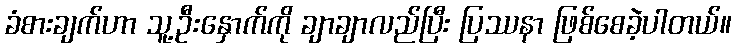
ခံစားချက်ဟာ သူ့ဦးနှောက်ကို ချာချာလည်ပြီး ပြဿနာ ဖြစ်စေခဲ့ပါတယ်။